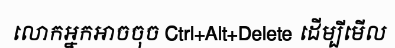
លោកអ្នកអាចចុច Ctrl+Alt+Delete ដើម្បីមើល